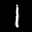
Label: 1